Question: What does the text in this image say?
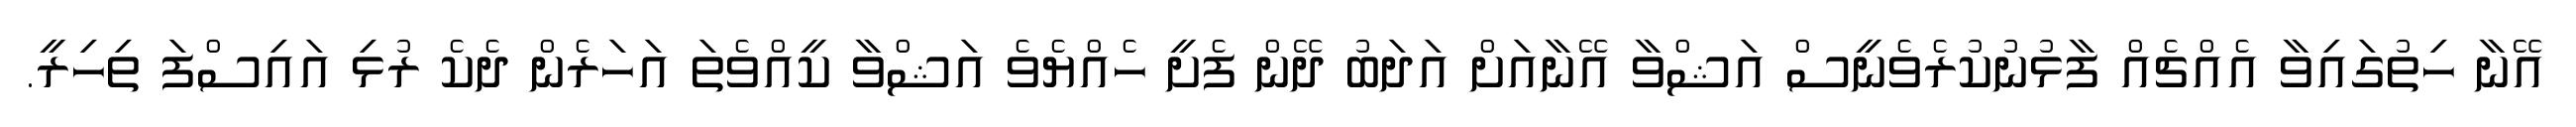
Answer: އޭނާ ހިތުގައިވާ އެއްޗެއް ފާޅުނުކުރެވެނީސް އަޝްވާ އޭނާއަށް އަދަބު ދޭން ފެށީ ހެއްޔެވެ އަޝްވާ ކީއްވެތަ އަހަރެން ދެކެ ރުޅި އައިސްފަ ތިހިރީ.